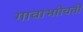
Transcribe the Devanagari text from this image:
गावाभाोवती